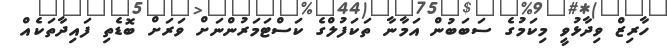
ހާރިޒް ވިދާޅުވީ މިކަމުގެ ސަަބަބުން އަމާނާ ތަކަފުލްގެ ކަސްޓަމަރުންނަށް ވަރަށް ބޮޑެތި ފައިދާތަކެއް